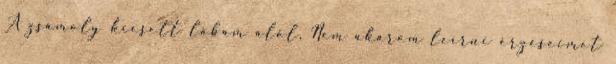
A zsámoly kiesett lábam alól. Nem akarom leírni érzéseimet